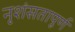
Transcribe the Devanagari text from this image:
नृशंसतापूर्ण